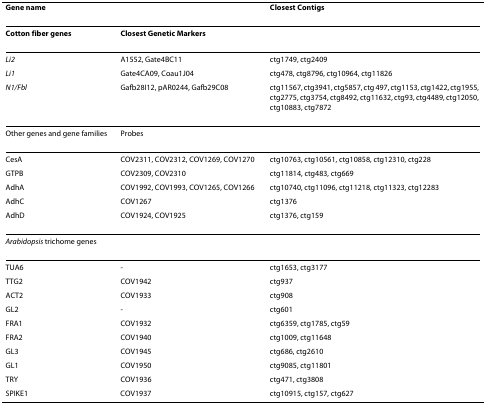
<table><thead><tr><td><b>Gene name</b></td><td></td><td><b>Closest Contigs</b></td></tr></thead><tbody><tr><td><b>Cotton fiber genes</b></td><td><b>Closest Genetic Markers</b></td><td></td></tr><tr><td><i>Li2</i></td><td>A1552, Gate4BC11</td><td>ctg1749, ctg2409</td></tr><tr><td><i>Li1</i></td><td>Gate4CA09, Coau1J04</td><td>ctg478, ctg8796, ctg10964, ctg11826</td></tr><tr><td><i>N1/Fbl</i></td><td>Gafb28I12, pAR0244, Gafb29C08</td><td>ctg11567, ctg3941, ctg5857, ctg 497, ctg1153, ctg1422, ctg1955, ctg2775, ctg3754, ctg8492, ctg11632, ctg93, ctg4489, ctg12050, ctg10883, ctg7872</td></tr><tr><td>Other genes and gene families</td><td>Probes</td><td></td></tr><tr><td>CesA</td><td>COV2311, COV2312, COV1269, COV1270</td><td>ctg10763, ctg10561, ctg10858, ctg12310, ctg228</td></tr><tr><td>GTPB</td><td>COV2309, COV2310</td><td>ctg11814, ctg483, ctg669</td></tr><tr><td>AdhA</td><td>COV1992, COV1993, COV1265, COV1266</td><td>ctg10740, ctg11096, ctg11218, ctg11323, ctg12283</td></tr><tr><td>AdhC</td><td>COV1267</td><td>ctg1376</td></tr><tr><td>AdhD</td><td>COV1924, COV1925</td><td>ctg1376, ctg159</td></tr><tr><td><i>Arabidopsis </i>trichome genes</td><td></td><td></td></tr><tr><td>TUA6</td><td>-</td><td>ctg1653, ctg3177</td></tr><tr><td>TTG2</td><td>COV1942</td><td>ctg937</td></tr><tr><td>ACT2</td><td>COV1933</td><td>ctg908</td></tr><tr><td>GL2</td><td>-</td><td>ctg601</td></tr><tr><td>FRA1</td><td>COV1932</td><td>ctg6359, ctg1785, ctg59</td></tr><tr><td>FRA2</td><td>COV1940</td><td>ctg1009, ctg11648</td></tr><tr><td>GL3</td><td>COV1945</td><td>ctg686, ctg2610</td></tr><tr><td>GL1</td><td>COV1950</td><td>ctg9085, ctg11801</td></tr><tr><td>TRY</td><td>COV1936</td><td>ctg471, ctg3808</td></tr><tr><td>SPIKE1</td><td>COV1937</td><td>ctg10915, ctg157, ctg627</td></tr></tbody></table>